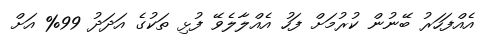
އެއްފަހަރު ބޭނުން ކުރުމަށް ފަހު އެއްލާލެވޭ ފުޅި ތަކުގެ އަދަދު 99% އަށް